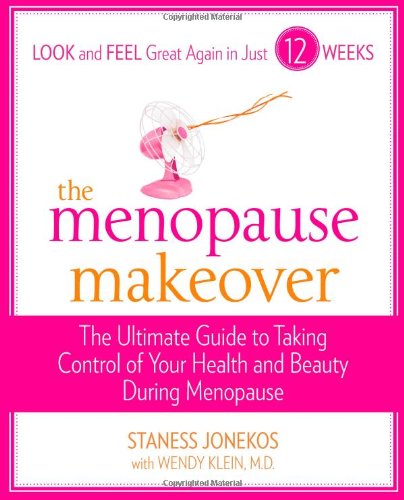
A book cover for The Menopause Makeover: The Ultimate Guide to Taking Control of Your Health and Beauty During Menopause; Staness Jonekos; Health, Fitness & Dieting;